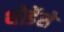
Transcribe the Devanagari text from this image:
थोडेंसे